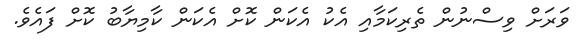
ވަރަށް ވިސްނުން ތެރިކަމާއި އެކު އެކަން ކޮށް އެކަން ކާމިޔާބު ކޮށް ފައެވެ.